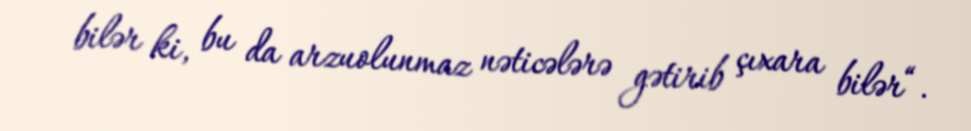
bilər ki, bu da arzuolunmaz nəticələrə gətirib çıxara bilər“.